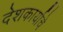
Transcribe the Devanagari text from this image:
देशकार्याचे